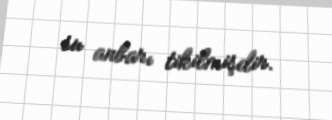
su anbarı tikilmişdir.